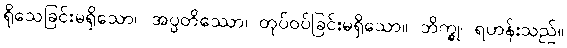
ရိုသေခြင်းမရှိသော။ အပ္ပတိဿော၊ တုပ်ဝပ်ခြင်းမရှိသော။ ဘိက္ခု၊ ရဟန်းသည်။